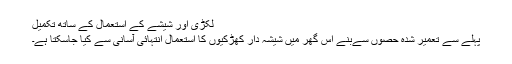
لکڑٰی اور شیشے کے استعمال کے ساتھ تکمیل
پہلے سے تعمیر شدہ حصوں سےبنے اس گھر میں شیشہ دار کھڑکیوں کا استعمال انتہائی آسانی سے کیا جاسکتا ہے۔